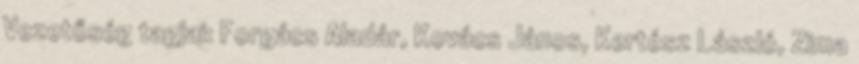
Vezetőség tagjai: Forgács Aladár, Kovács János, Kertész László, Zima